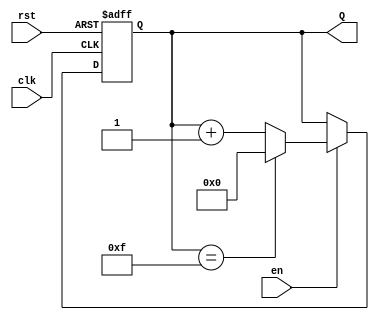
module binary_up_counter #(
    parameter N = 4 // Parameter for N-bit counter (default is 4 bits)
)(
    input wire clk,     // Clock signal
    input wire rst,     // Asynchronous reset signal
    input wire en,      // Enable signal
    output reg [N-1:0] Q // N-bit output representing the count value
);

    // Always block to define the behavior of the counter
    always @(posedge clk or posedge rst) begin
        if (rst) begin
            Q <= 0; // Reset the counter to 0
        end else if (en) begin
            if (Q == (1 << N) - 1) begin
                Q <= 0; // Wrap around when maximum value is reached
            end else begin
                Q <= Q + 1; // Increment the counter
            end
        end
    end

endmodule